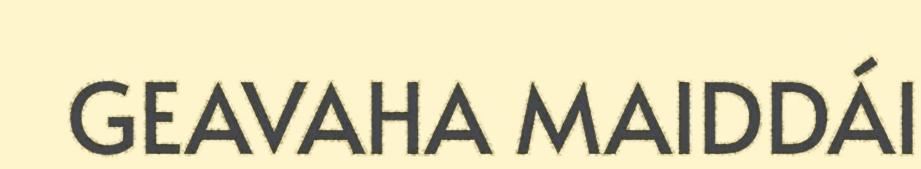
GEAVAHA MAIDDÁI